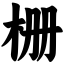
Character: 栅